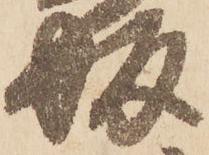
坂